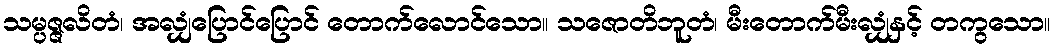
သမ္ပဇ္ဇလိတံ၊ အလျှံပြောင်ပြောင် တောက်လောင်သော။ သဇောတိဘူတံ၊ မီးတောက်မီးလျှံနှင့် တကွသော။